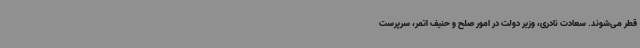
قطر می‌شوند. سعادت نادری، وزیر دولت در امور صلح و حنیف اتمر، سرپرست